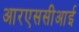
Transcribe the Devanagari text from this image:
आरएससीआई